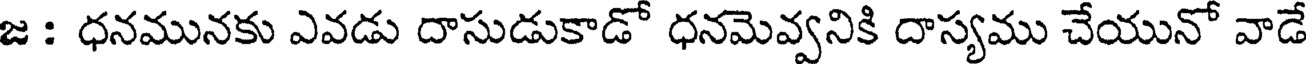
జ : ధనమునకు ఎవడు దాసుడుకాడో ధనమెవ్వనికి దాస్యము చేయునో వాడే